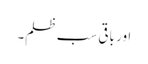
اور باقی سب ظلم۔